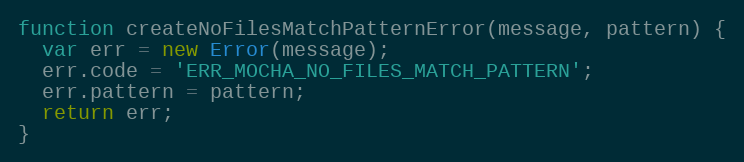
Language: JavaScript
function createNoFilesMatchPatternError(message, pattern) {
  var err = new Error(message);
  err.code = 'ERR_MOCHA_NO_FILES_MATCH_PATTERN';
  err.pattern = pattern;
  return err;
}